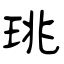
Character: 珧